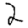
Digit: 2